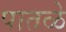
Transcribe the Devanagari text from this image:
पातळे